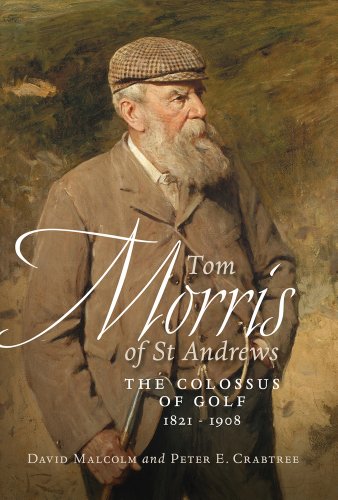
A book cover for Tom Morris of St Andrews: The Colossus of Golf 1821-1908; David Malcolm; Biographies & Memoirs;